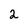
Character: 2